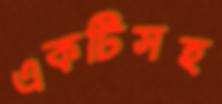
একটিসহ